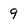
Character: 9